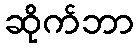
ဆိုက်ဘာ